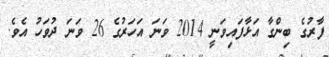
ފާރުގެ ބިންގާ އަޅާފައިވަނީ 2014 ވަނަ އަހަރުގެ 26 ވަނަ ދުވަހު އެވެ.